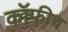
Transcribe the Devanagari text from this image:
कॉफीच